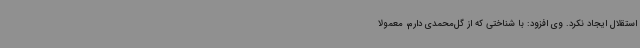
استقلال ایجاد ‌نکرد. وی افزود: با شناختی که از گل‌محمدی دارم، معمولا